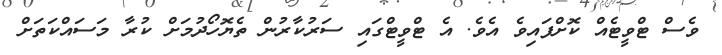
ވެސް ޓްވީޓެއް ކޮށްފައިވެ އެވެ. އެ ޓްވީޓްގައި ސަރުކާރުން ތެޔޮހޯދުމަށް ކުރާ މަސައްކަތަށް